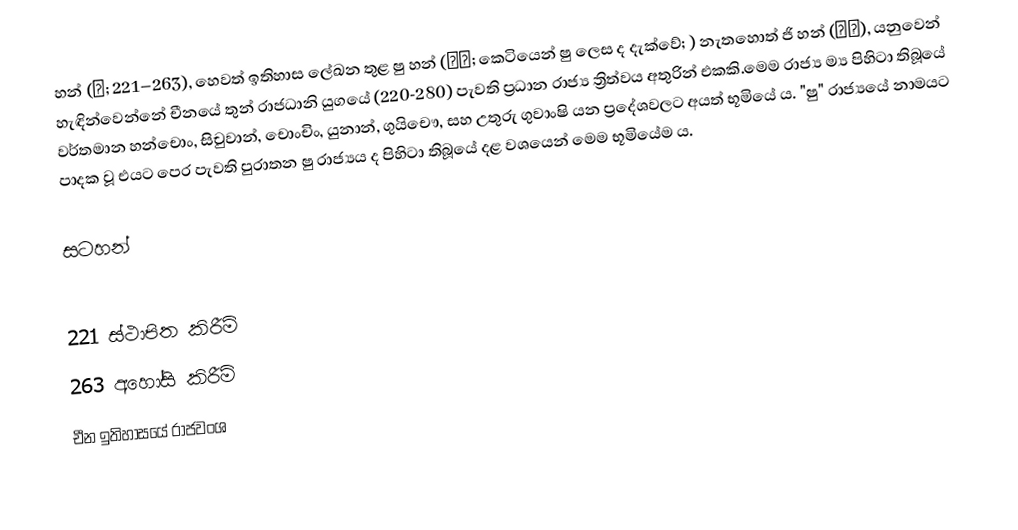
හන් (漢; 221–263), හෙවත් ඉතිහාස ලේඛන තුළ ෂු හන් (蜀漢; කෙටියෙන් ෂු ලෙස ද දැක්වේ; ) නැතහොත් ජි හන් (季漢), ‍යනුවෙන් හැඳින්වෙන්නේ චීනයේ තුන් රාජධානි යුගයේ (220-280) පැවති ප්‍රධාන රාජ්‍ය ත්‍රිත්වය අතුරින් එකකි.මෙම රාජ්‍ය ම්‍ය පිහිටා තිබූයේ  වර්තමාන හන්චොං, සිචුවාන්, චොංචිං, යුනාන්, ගුයිචෞ, සහ උතුරු ගුවාංෂි යන ප්‍රදේශවලට අයත් භූමියේ ය. "ෂු" රාජ්‍යයේ නාමයට පාදක වූ  එයට පෙර පැවති පුරාතන ෂු රාජ්‍යය ද පිහිටා තිබූයේ දළ වශයෙන් මෙම භූමියේම ය.

සටහන්

221 ස්ථාපිත කිරීම්
263 අහෝසි කිරීම්
චීන ඉතිහාසයේ රාජවංශ